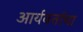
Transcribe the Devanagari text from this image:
आर्यवर्ताचा